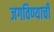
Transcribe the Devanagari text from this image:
जगविण्याची